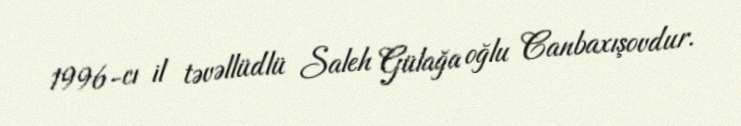
1996-cı il təvəllüdlü Saleh Gülağa oğlu Canbaxışovdur.